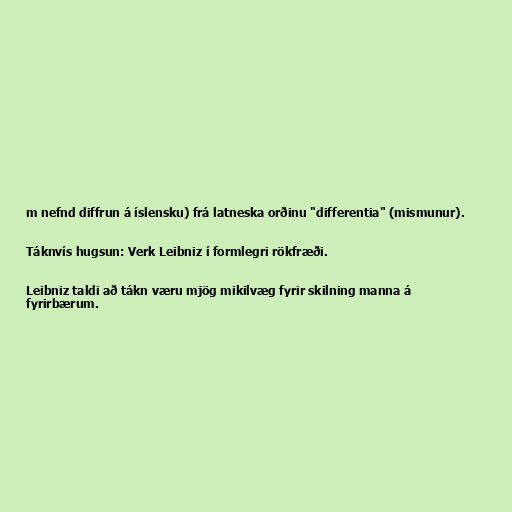
m nefnd diffrun á íslensku) frá latneska orðinu "differentia" (mismunur).

Táknvís hugsun: Verk Leibniz í formlegri rökfræði.

Leibniz taldi að tákn væru mjög mikilvæg fyrir skilning manna á
fyrirbærum.